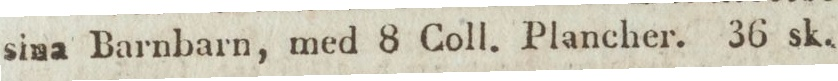
sina Barnbarn, med 8 Coll. Plancher. 36 sk.